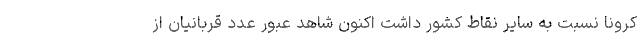
کرونا نسبت به سایر نقاط کشور داشت اکنون شاهد عبور عدد قربانیان از